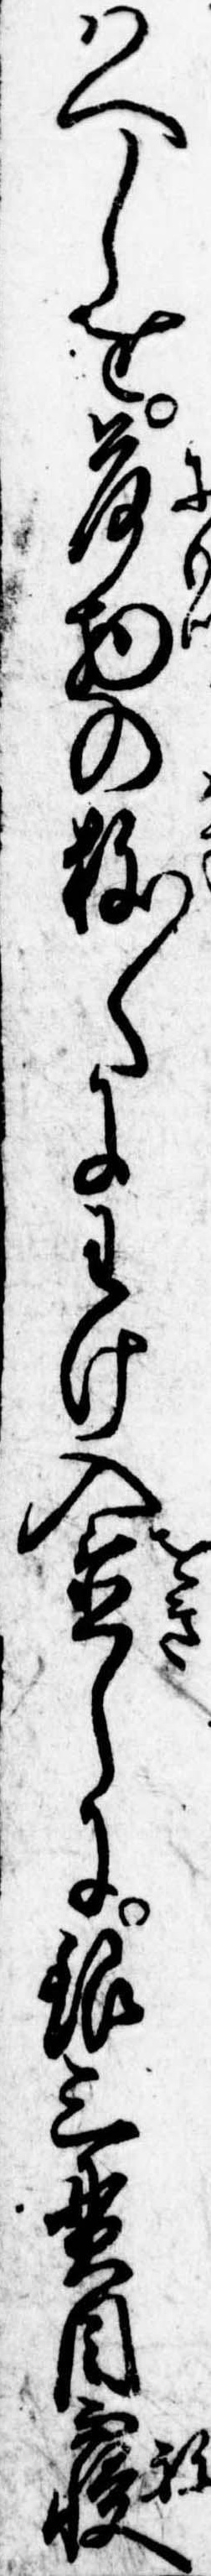
はへしを荷物の数〱にわけ入置しに銀三貫目寝